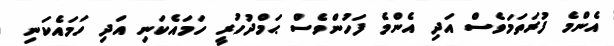
އެންމެ ފުރަތަމަވެސް އަދި އެންމެ ފަހުންވެސް ޙަމްދުހުރީ ހަމައެކަނި އަދި ހަމައެކަނި